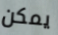
يمكن